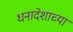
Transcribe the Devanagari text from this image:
धनादेशाच्या